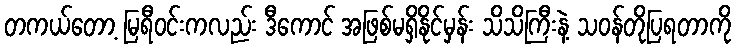
တကယ်တော့ မြရီဝင်းကလည်း ဒီကောင် အဖြစ်မရှိနိုင်မှန်း သိသိကြီးနဲ့ သဝန်တိုပြရတာကို